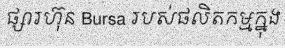
ផ្សារហ៊ុន Bursa របស់ផលិតកម្មក្នុង